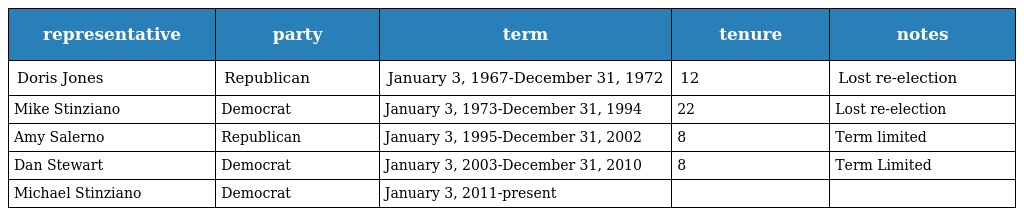
| representative | party | term | tenure | notes |
 | --- | --- | --- | --- | --- |
 | Doris Jones | Republican | January 3, 1967-December 31, 1972 | 12 | Lost re-election |
 | Mike Stinziano | Democrat | January 3, 1973-December 31, 1994 | 22 | Lost re-election |
 | Amy Salerno | Republican | January 3, 1995-December 31, 2002 | 8 | Term limited |
 | Dan Stewart | Democrat | January 3, 2003-December 31, 2010 | 8 | Term Limited |
 | Michael Stinziano | Democrat | January 3, 2011-present |  |  |